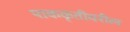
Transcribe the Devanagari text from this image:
पाककृतीवरील